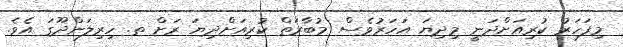
މިފަހަރު ކުރިއަށްދަނީ މިދިޔަ އަހަރުވެސް މުބާރަތް ކުރިއަށްދިޔަ ރަށް ތ. ހިރިލަންދޫގަ އެވެ.